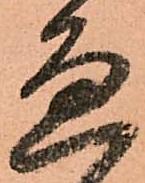
邊